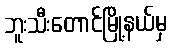
ဘူးသီးတောင်မြို့နယ်မှ